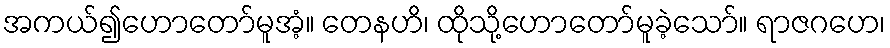
အကယ်၍ဟောတော်မူအံ့။ တေနဟိ၊ ထိုသို့ဟောတော်မူခဲ့သော်။ ရာဇဂဟေ၊